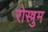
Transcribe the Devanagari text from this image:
रोस्त्रुम